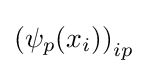
\left(\psi _{p}(x_{i})\right)_{ip}